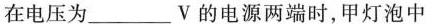
在电压为___V的电源两端时，甲灯泡中